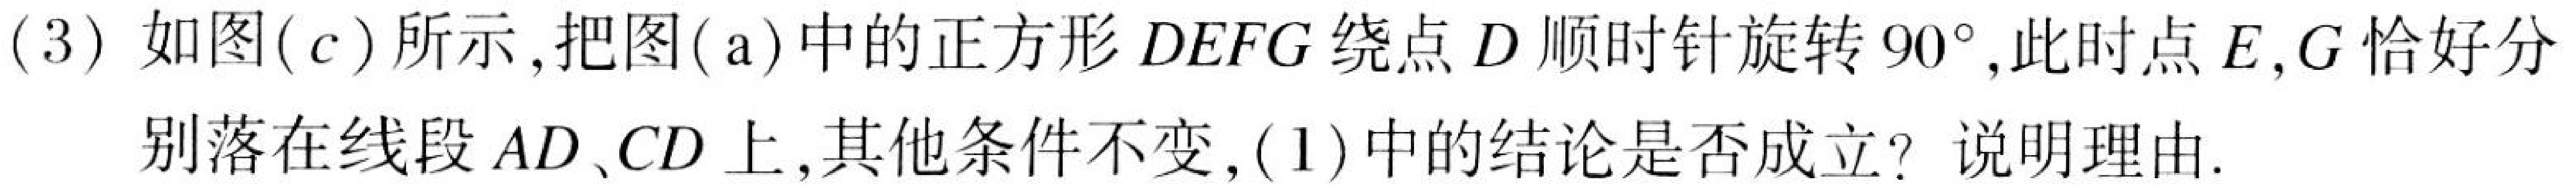
(3)如图(c)所示,把图(a)中的正方形$DEFG$绕点$D$顺时针旋转$90^{\circ}$,此时点$E,G$恰好分
别落在线段$AD、CD$上,其他条件不变,(1)中的结论是否成立?说明理由.